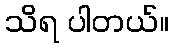
သိရ ပါတယ်။